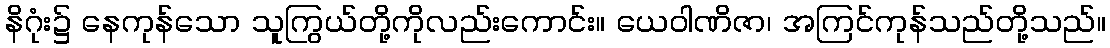
နိဂုံး၌ နေကုန်သော သူကြွယ်တို့ကိုလည်းကောင်း။ ယေဝါဏိဇာ၊ အကြင်ကုန်သည်တို့သည်။